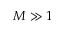
M \gg 1